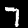
Digit: 7